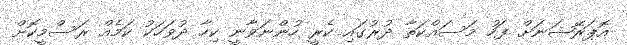
އޮޕަރޭޝަނަށް ފަހު މަސައްކަތާ ދުރުގައި ކެރީ ހުންނަވާނީ ކިހާ ދުވަހަކު ކަމެއް ރަސްމީކޮށް